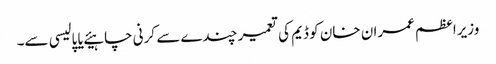
وزیراعظم عمران خان کو ڈیم کی تعمیر چندے سے کرنی چاہیئے یا پالیسی سے۔